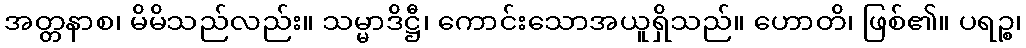
အတ္တနာစ၊ မိမိသည်လည်း။ သမ္မာဒိဋ္ဌီ၊ ကောင်းသောအယူရှိသည်။ ဟောတိ၊ ဖြစ်၏။ ပရဉ္စ၊